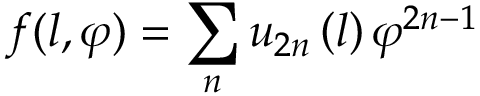
f ( l , \varphi ) = \sum _ { n } u _ { 2 n } \left( l \right) \varphi ^ { 2 n - 1 }